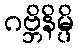
ဂဗ္ဘိနိမ္ပိ